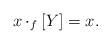
LaTeX: \begin{align*}x\cdot_f [Y]=x.\end{align*}